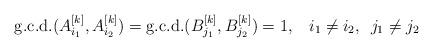
LaTeX: \begin{align*} {\rm g.c.d.}(A^{[k]}_{i_1}, A^{[k]}_{i_2})= {\rm g.c.d.}(B^{[k]}_{j_1}, B^{[k]}_{j_2}) =1,\,\,\,\,\,i_1\neq i_2,\,\,\, j_1 \neq j_2\end{align*}